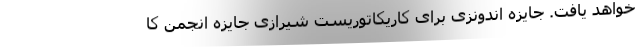
خواهد یافت. جایزه اندونزی برای کاریکاتوریست شیرازی جایزه انجمن کا